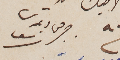
جرجي ديمتري سرسق